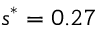
s ^ { * } = 0 . 2 7